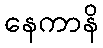
နေကာနိ